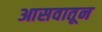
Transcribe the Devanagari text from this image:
आसवातून